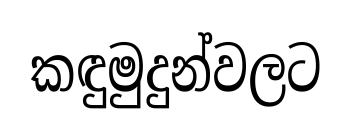
කඳුමුදුන්වලට